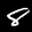
Label: 8